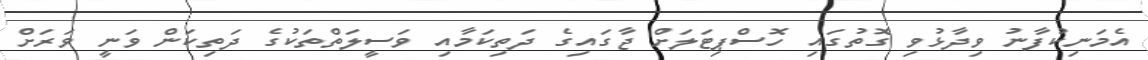
އެމަނިކުފާނު ވިދާޅުވި ގޮތުގައި ހޮސްޕިޓަލަށް ޖާގައިގެ ދަތިކަމާއި ވަސީލަތްތަކުގެ ދަތިކަން ވަނީ ވަރަށް